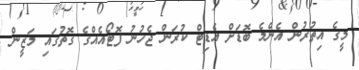
މީގެ އިތުރުން އެންމެ ބޮޑަށް އެޑިޓް ކުރަން ޖެހުނު ފޮޓޯއެއްގެ ގޮތުގައި މަޒީން